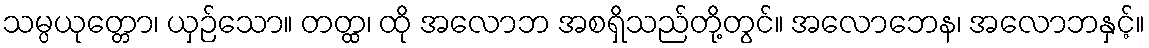
သမ္ပယုတ္တော၊ ယှဉ်သော။ တတ္ထ၊ ထို အလောဘ အစရှိသည်တို့တွင်။ အလောဘေန၊ အလောဘနှင့်။